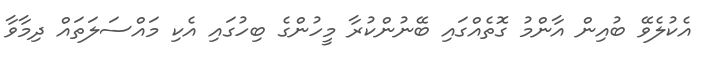
އެކުލެވޭ ބުއިން އާންމު ގޮތެއްގައި ބޭނުންކުރާ މީހުންގެ ބިހުގައި އެކި މައްސަލަތައް ދިމާވާ